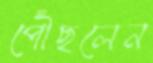
পৌঁছলেন